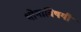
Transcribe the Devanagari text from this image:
भोगाविषयी